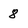
Character: 8